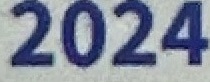
2024